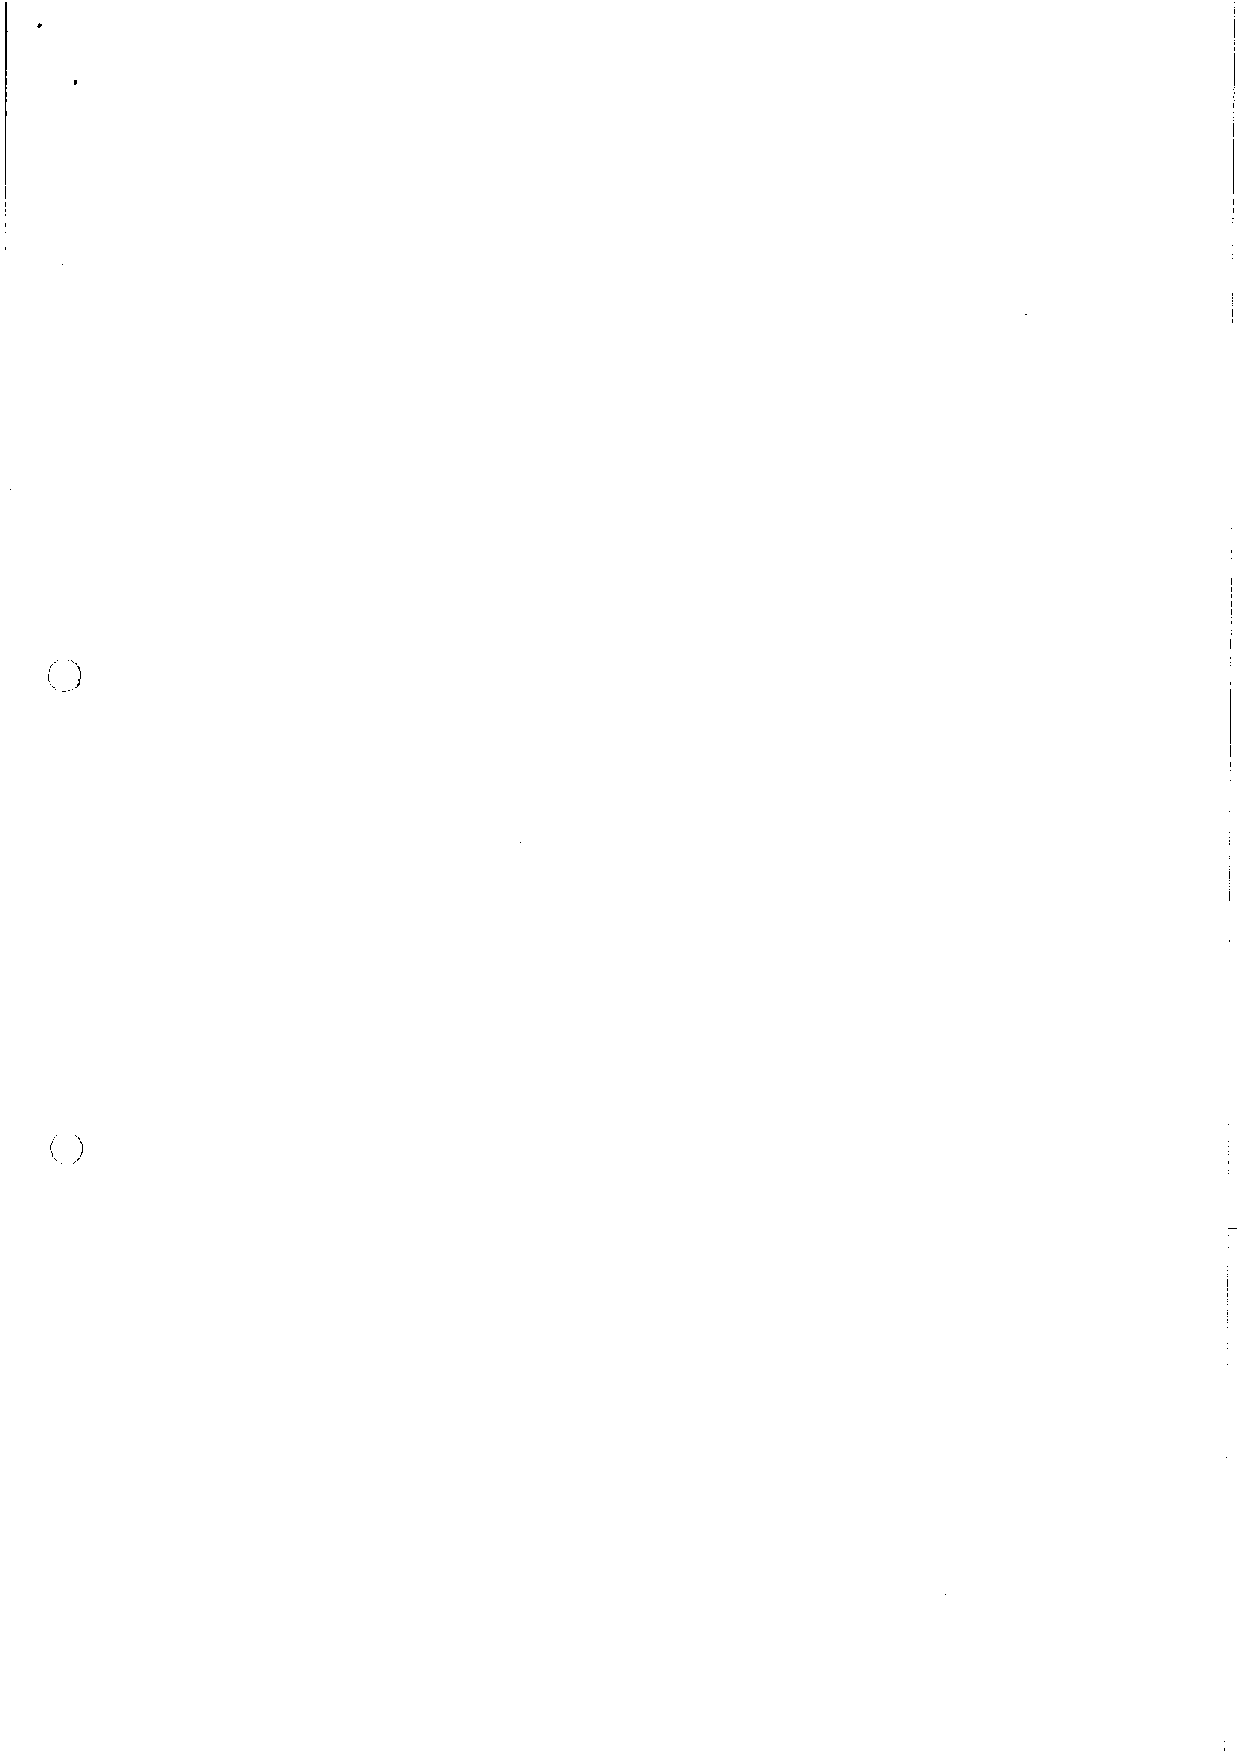
( )